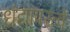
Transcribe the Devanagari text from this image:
धंद्यापरत्वें